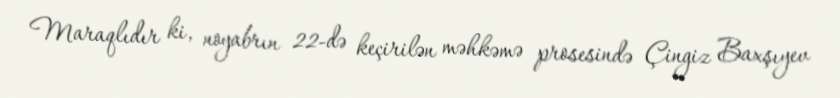
Maraqlıdır ki, noyabrın 22-də keçirilən məhkəmə prosesində Çingiz Baxşıyev